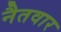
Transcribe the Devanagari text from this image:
नैतवार